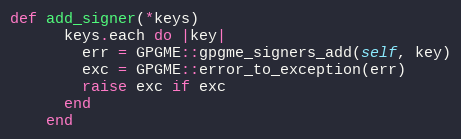
Language: Ruby
def add_signer(*keys)
      keys.each do |key|
        err = GPGME::gpgme_signers_add(self, key)
        exc = GPGME::error_to_exception(err)
        raise exc if exc
      end
    end